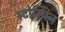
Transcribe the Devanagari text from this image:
स्टोम्पिन